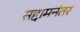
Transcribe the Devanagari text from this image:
सद्दामनंतर